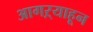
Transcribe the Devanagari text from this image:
आगऱ्याहून